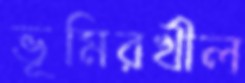
ভূমিরখীল